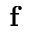
\mathbf { f }